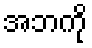
အဘကို